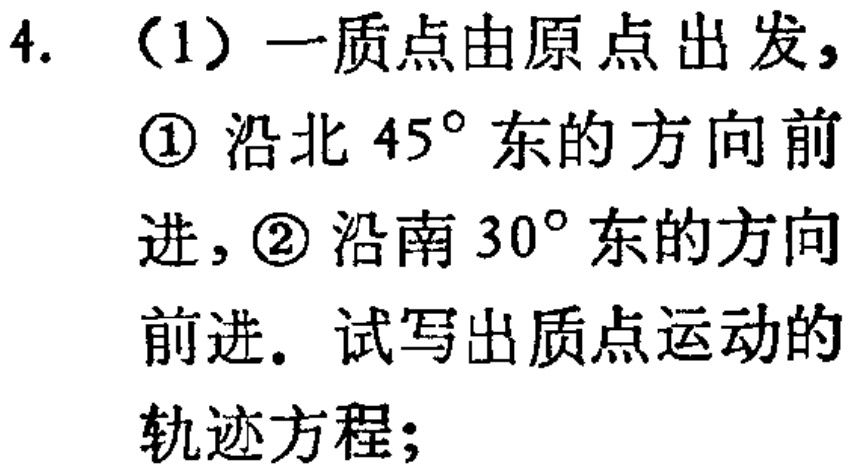
4. （1）一质点由原点出发，
\textcircled{1} 沿北 \(45^{\circ}\) 东的方向前
进，\textcircled{2} 沿南 \(30^{\circ}\) 东的方向
前进。试写出质点运动的
轨迹方程；